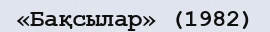
«Бақсылар» (1982)